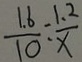
\frac { 1 . 6 } { 1 0 } = \frac { 1 . 2 } { x }